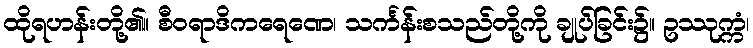
ထိုရဟန်းတို့၏။ စီဝရာဒိကရေဏေ၊ သင်္ကန်းစသည်တို့ကို ချုပ်ခြင်း၌။ ဥဿုက္ကံ၊